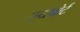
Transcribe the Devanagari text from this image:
एयपोर्ट